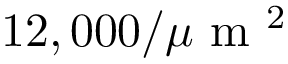
1 2 , 0 0 0 / \mu \mathrm { ~ m ~ } ^ { 2 }